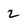
Character: 2